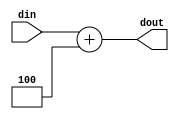
module const_add4(
    input wire [31:0] din,
    output wire [31:0] dout
    );
    
    assign dout = din + 4;
    
endmodule